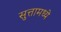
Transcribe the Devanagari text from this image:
सुत्तामध्ये